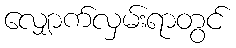
လျှောက်လှမ်းရာတွင်